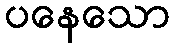
ပနေသော